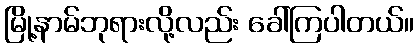
မြို့နာမ်ဘုရားလို့လည်း ခေါ်ကြပါတယ်။